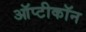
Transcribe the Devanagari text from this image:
ऑप्टीकॉन